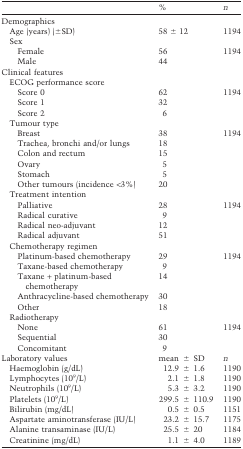
|  | % | n |
 | --- | --- | --- |
 | Demographics |  |  |
 | Age (years) (±SD) | 58 ± 12 | 1194 |
 | Sex |  |  |
 | Female | 56 | 1194 |
 | Male | 44 |  |
 | Clinical features |  |  |
 | ECOG performance score |  |  |
 | Score 0 | 62 | 1194 |
 | Score 1 | 32 |  |
 | Score 2 | 6 |  |
 | Tumour type |  |  |
 | Breast | 38 | 1194 |
 | Trachea, bronchi and/or lungs | 18 |  |
 | Colon and rectum | 15 |  |
 | Ovary | 5 |  |
 | Stomach | 5 |  |
 | Other tumours (incidence <3%) | 20 |  |
 | Treatment intention |  |  |
 | Palliative | 28 | 1194 |
 | Radical curative | 9 |  |
 | Radical neo-adjuvant | 12 |  |
 | Radical adjuvant | 51 |  |
 | Chemotherapy regimen |  |  |
 | Platinum-based chemotherapy | 29 | 1194 |
 | Taxane-based chemotherapy | 9 |  |
 | Taxane + platinum-based chemotherapy | 14 |  |
 | Anthracycline-based chemotherapy | 30 |  |
 | Other | 18 |  |
 | Radiotherapy |  |  |
 | None | 61 | 1194 |
 | Sequential | 30 |  |
 | Concomitant | 9 |  |
 | Laboratory values | mean ± SD | n |
 | Haemoglobin (g/dL) | 12.9 ± 1.6 | 1190 |
 | Lymphocytes (109/L) | 2.1 ± 1.8 | 1190 |
 | Neutrophils (109/L) | 5.3 ± 3.2 | 1190 |
 | Platelets (109/L) | 299.5 ± 110.9 | 1190 |
 | Bilirubin (mg/dL) | 0.5 ± 0.5 | 1151 |
 | Aspartate aminotransferase (IU/L) | 23.2 ± 15.7 | 1175 |
 | Alanine transaminase (IU/L) | 25.5 ± 20 | 1184 |
 | Creatinine (mg/dL) | 1.1 ± 4.0 | 1189 |